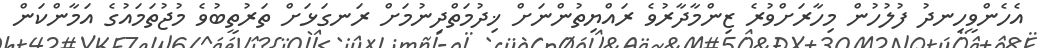
އެހެންވީހިނދު ފުލުހުން މިހާރަށްވުރެ ޒިންމާދާރުވެ ރައްޔިތުންނަށް ޚިދުމަތްދިނުމަށް ރަނގަޅަށް ތަރުތީބުވެ މުޖުތަމައުގެ އަމާންކަން